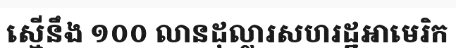
ស្មើនឹង ១០០ លានដុល្លារសហរដ្ឋអាមេរិក